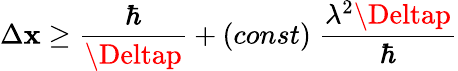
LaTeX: \Delta\mathbf{x}\ge\frac{{\hbar}}{{\Deltap}}+(const)\; \frac{{\lambda^{2}\Deltap}}{{\hbar}}